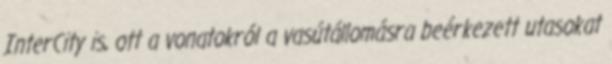
InterCity is, ott a vonatokról a vasútállomásra beérkezett utasokat